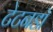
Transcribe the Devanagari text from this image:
टेटनडॉ